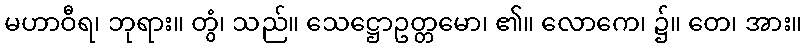
မဟာဝီရ၊ ဘုရား။ တွံ၊ သည်။ သေဋ္ဌောဥတ္တမော၊ ၏။ လောကေ၊ ၌။ တေ၊ အား။